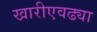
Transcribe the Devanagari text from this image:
खारीएवढ्या